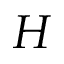
H